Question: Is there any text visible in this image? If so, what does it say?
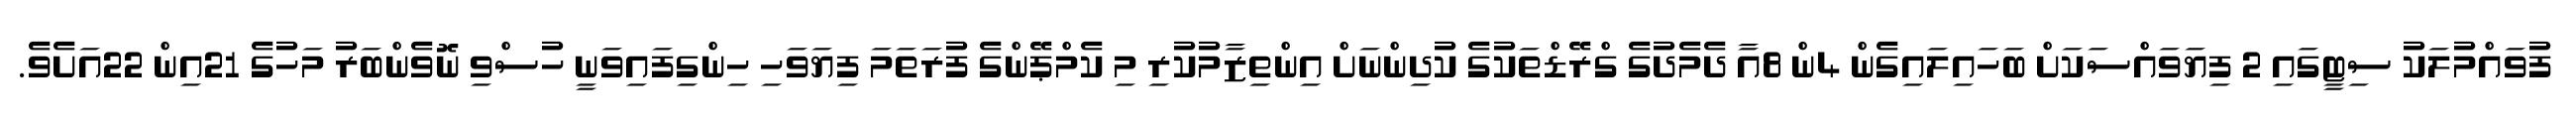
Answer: ފުވައްމުލަކު ސިޓީގައި 2 ފިޔަވައްސަކަށް ބަހައިލައިގެން 4ން 8އާ ދެމެދުގެ ގްރޭޑްތަކުގެ ކުދިންނަށް އިންތިޒާމުކުރި މި ކެމްޕޭންގެ ފުރަތަމަ ފިޔަވަހި ހިންގިފައިވަނީ ހުސްވި ނޮވެންބަރު މަހުގެ 21އިން 22އަށެވެ.